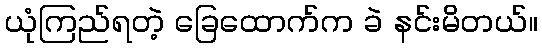
ယုံကြည်ရတဲ့ ခြေထောက်က ခဲ နင်းမိတယ်။